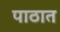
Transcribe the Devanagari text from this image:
पाठात